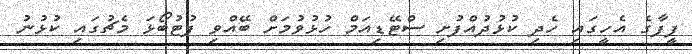
ފީފާގެ އެހީގައި ހެދި ކުޅުދުއްފުށި ސްޓޭޑިއަމް ހުޅުވުމަށް ބޭއްވި ފުޓުބޯޅަ މެޗުގައި ކުޅުނު